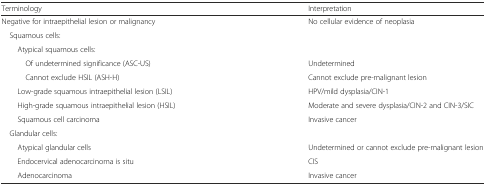
| Terminology | Interpretation |
 | --- | --- |
 | Negative for intraepithelial lesion or malignancy | No cellular evidence of neoplasia |
 | <COLSPAN=2> Squamous cells: |
 | Atypical squamous cells: |  |
 | Of undetermined significance (ASC-US) | Undetermined |
 | Cannot exclude HSIL (ASH-H) | Cannot exclude pre-malignant lesion |
 | Low-grade squamous intraepithelial lesion (LSIL) | HPV/mild dysplasia/CIN-1 |
 | High-grade squamous intraepithelial lesion (HSIL) | Moderate and severe dysplasia/CIN-2 and CIN-3/SIC |
 | Squamous cell carcinoma | Invasive cancer |
 | <COLSPAN=2> Glandular cells: |
 | Atypical glandular cells | Undetermined or cannot exclude pre-malignant lesion |
 | Endocervical adenocarcinoma is situ | CIS |
 | Adenocarcinoma | Invasive cancer |